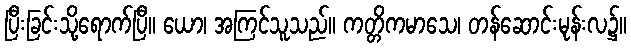
ပြီးခြင်းသို့ရောက်ပြီ။ ယော၊ အကြင်သူသည်။ ကတ္တိကမာသေ၊ တန်ဆောင်းမုန်းလ၌။